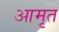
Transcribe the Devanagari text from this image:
आमृत